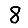
Digit: 8